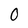
Character: 0